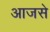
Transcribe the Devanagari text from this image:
आजसे